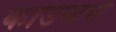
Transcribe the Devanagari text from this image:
काउन्टर्स